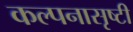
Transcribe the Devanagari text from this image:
कल्पनासृष्टी